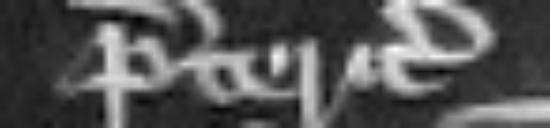
preteritis